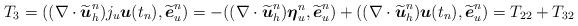
LaTeX: \begin{align*} T_3 = ((\nabla \cdot \widetilde{\boldsymbol{u}}_h^n)j_u\boldsymbol{u}(t_n), \widetilde{\boldsymbol{e}}_u^n) = -((\nabla \cdot \widetilde{\boldsymbol{u}}_h^n)\boldsymbol{\eta}_u^n, \widetilde{\boldsymbol{e}}_u^n)+((\nabla \cdot \widetilde{\boldsymbol{u}}_h^n) \boldsymbol{u}(t_n), \widetilde{\boldsymbol{e}}_u^n) = T_{22} + T_{32}\end{align*}